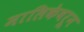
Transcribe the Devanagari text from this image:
मालिकेवरून